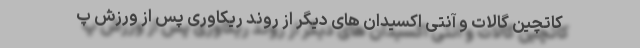
کاتچین گالات و آنتی اکسیدان های دیگر از روند ریکاوری پس از ورزش پ